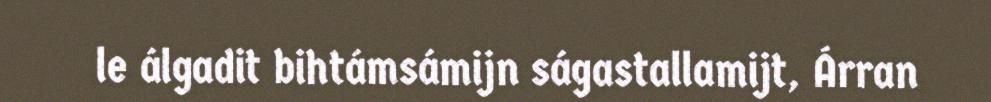
le álgadit bihtámsámijn ságastallamijt, Árran